NAE_EAA_T-354_Tartu_Tamme_Gumnaasium, lk 12
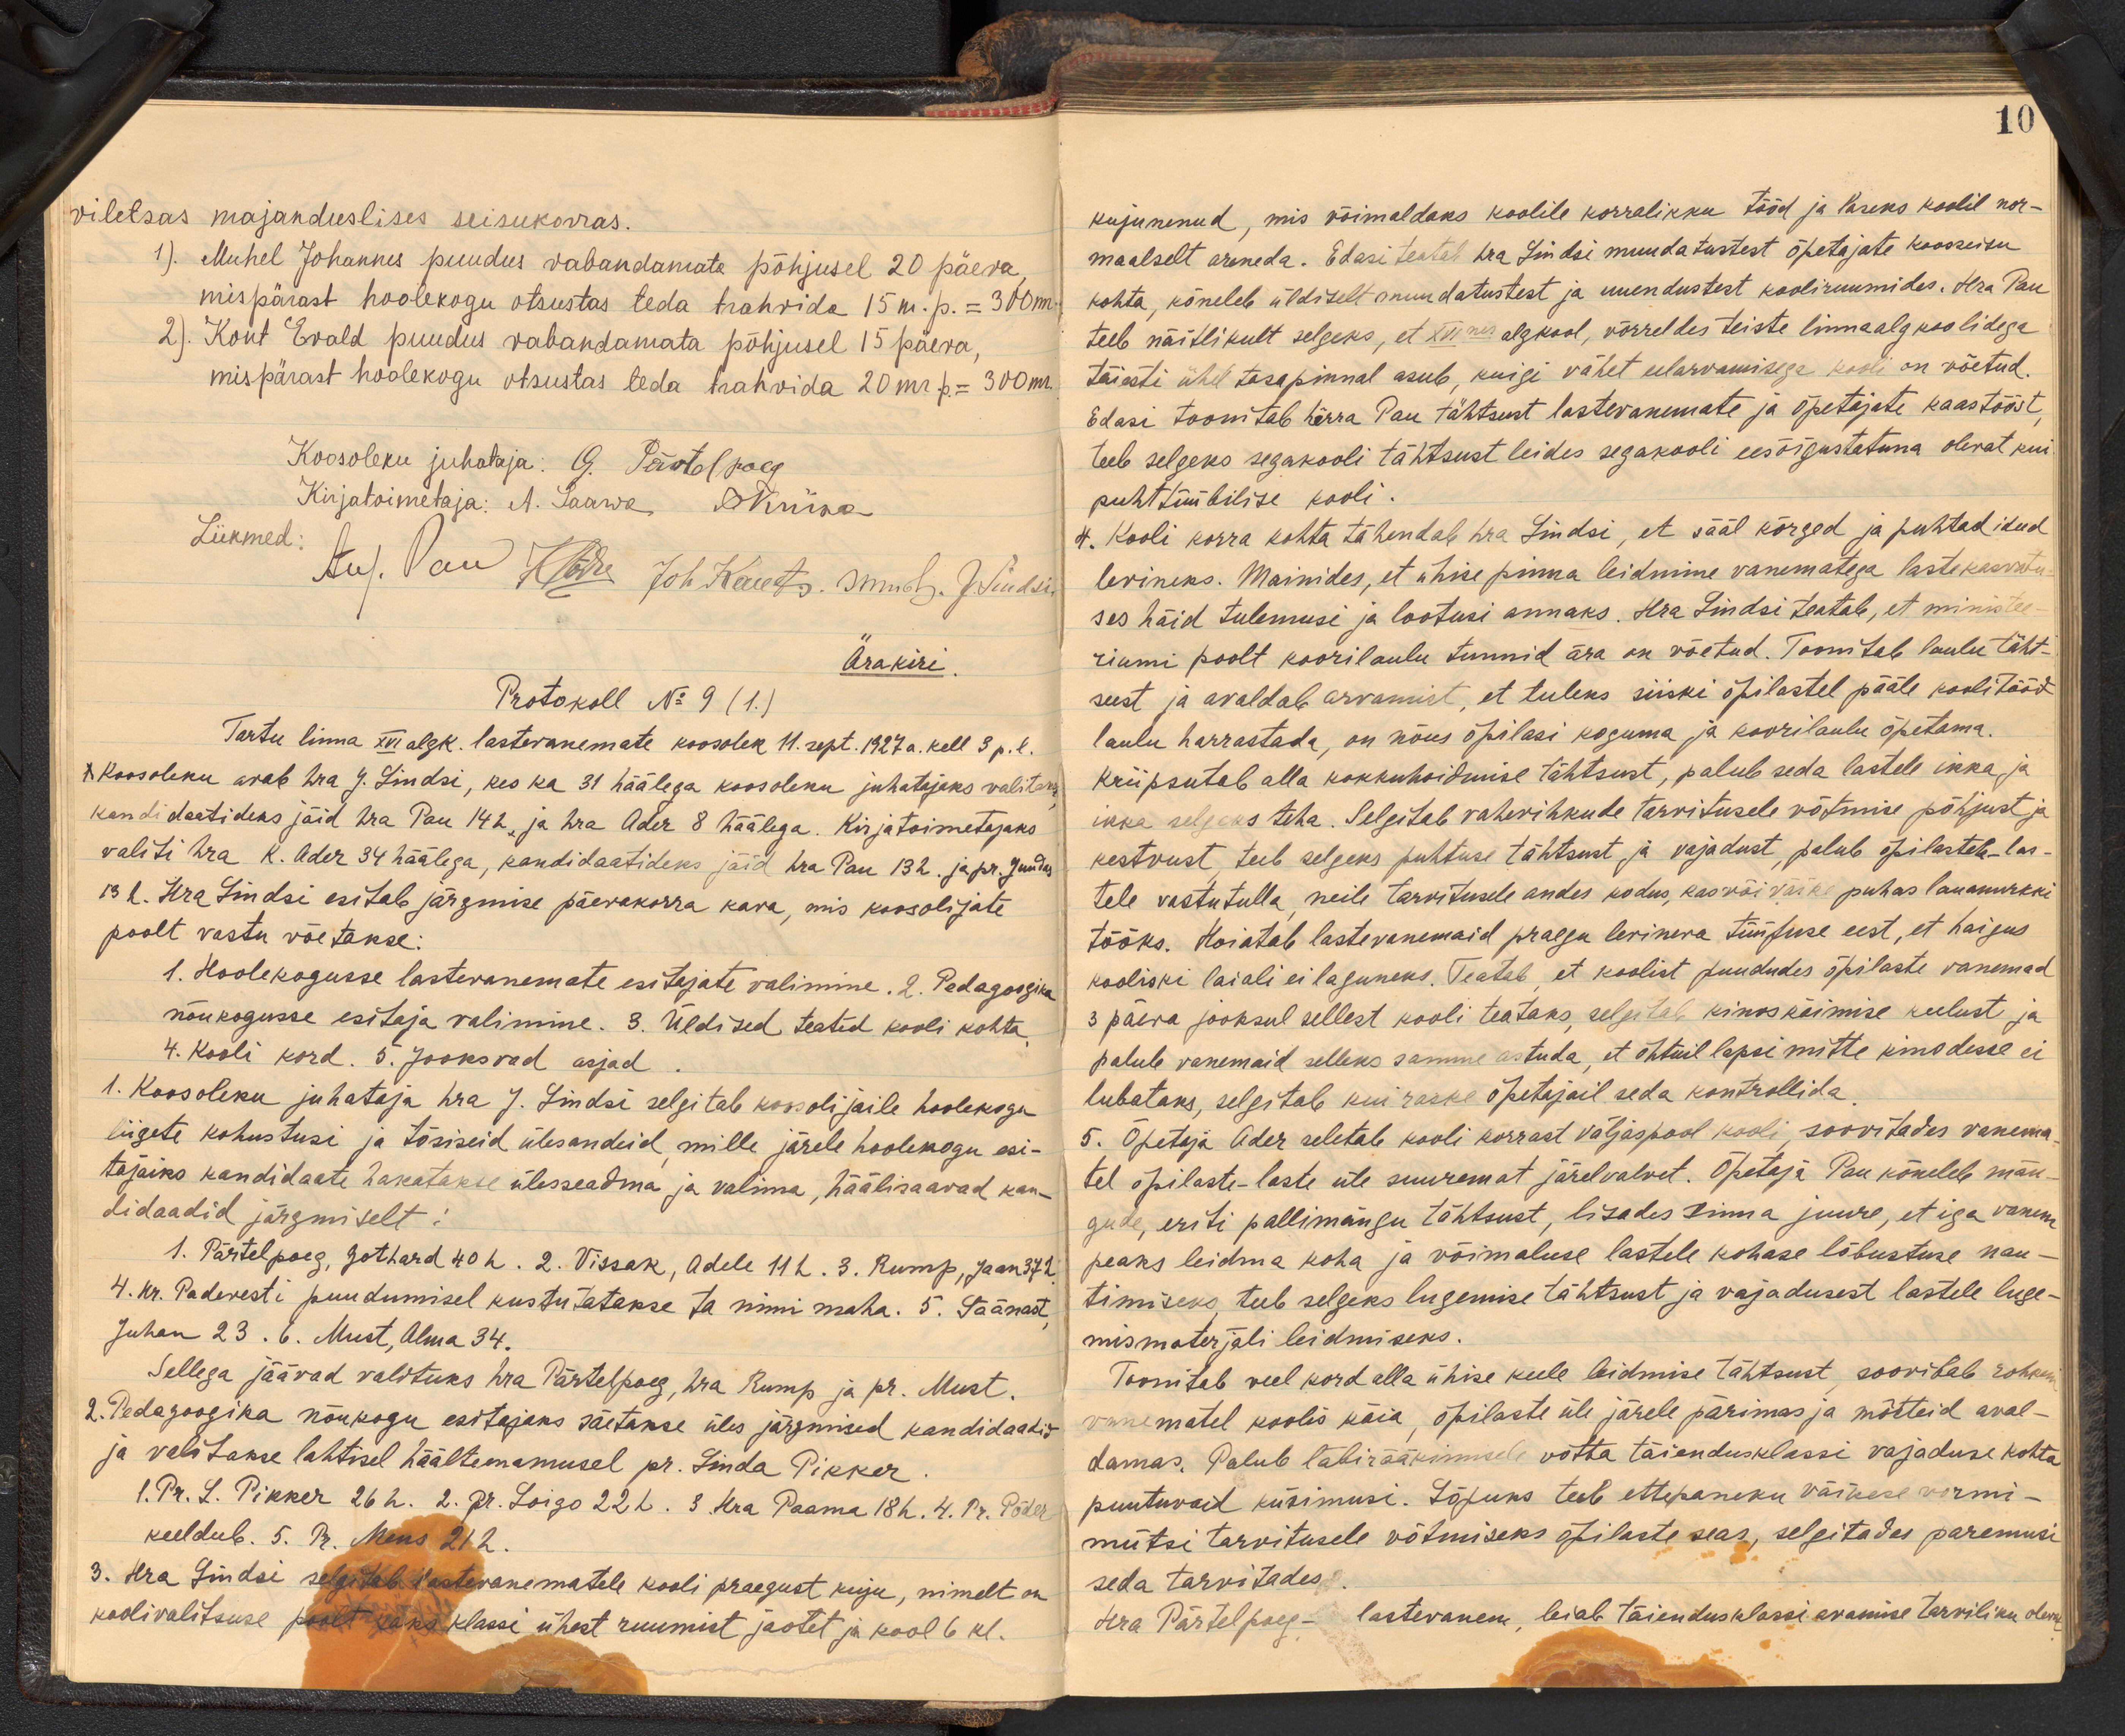
10

viletsas majanduslises seisukorras.
1). Muhel Johannes puudus vabandamata põhjusel 20 päeva
mispärast hoolekogu otsustas teda trahvida 15 m. p. = 300 m.
2). Kont Evald puudus vabandamata põhjusel 15 päeva,
mispärast hoolekogu otsustas teda trahvida 20mr. p = 300m.
Koosoleku juhataja: G. Pärtelpoeg
Kirjatoimetaja: A. Saarva D. Künna
Liikmed:
Au/ Van Kärde Joh. Kuut s. sm. h. J. Südsin
Ärakiri.
Protokoll No 9 (1)
Tartu linna XVI algk. lastevanemate koosolek 11. sept. 1927 a. kell 3 p. l.
Koosoleku avab hra J. Lindsi, kes ka 31 häälega koosoleku juhatajaks valitaks.
kondidaatideks jäid hra Pau 14 h ja hra Ader 8 häälega. Kirjatoimetajaks
valiti hra K. Ader 34 häälega, kandidaatideks jäid hra Pau 13 h. ja pr. Judus
13 h. Hra Lindsi esitab järgmise päevakorra kava, mis koosolijate
poolt vastu võetakse:
1. Hoolekogusse lastevanemate esitejate valimine. 2. Pedagoogika
nõukogusse esitaja valimine. 3. Üldised teated kooli kohta
4. Kooli kord. 5. Jooksvad asjad
1. Koosoleku juhataja hra J. Lindsi selgitab koosolijaile hoolekogu
liigete kohustusi ja tõsiseid ülesandeid mille järele hoolekogu esi-
tajaiks kandidaate hakatakse ülesseadma ja valima, häälisaavad kan-
Lidaadid järgmiselt.
1. Pärtelpoeg, Gothard 40 h. 2. Vissak, Adele 11 h. 3. Rump, Jaan 37 h.
4. Hr. Padevesti puudumisel kustutatakse ta nimi maha. 5. Säänast
Juhan 23. 6. Must, Alma 34.
Sellega jäävad valituks hra Pärtelpoeg, hra Rump ja pr. Must
2. Pedagoogika nõukogu esitajaks säetakse üles järgmised kandidaadid
ja valitakse lahtisel häälteenamusel pr. Linda Pikker
1. Pr. L. Pikker 26 h. 2. pr. Loigo 22 k. 3. Hra Paama 18h. 4. Pr. Põder
keeldub. 5. Pr. Meus 21 h.
3. Hra Lindsi selgitab lastevanematele kooli praegust kuju, nimelt on
kodivalitsuse poolt kaks klassi ühest ruumist jaotet ja kool 6 kl.

kujunenud, mis võimaldaks koolile korralikku tööd ja laseks koolil nor-
maalselt areneda. Edasi teatab hra Lindsi muudatustest õpetajate koosseisu
kohta, kõneleb üldiselt muudatustest ja uuendustest kooliruumides. Hra Pau
teeb näitlikult selgeks, et XVI algkool, võrreldes teiste linnaalgkoolidega
täiesti ühel tasapinnal asub, kuigi vähet eelarvamisega kooli on võetud.
Edasi toonitab härra Pau tähtsust lastevanemate ja õpetajate kaastööst
teeb selgeks segakooli tähtsust leides segakooli eesõigustatuna olevat kui
puhttüübilise kooli.
Kooli korra kohta tähendab hra Lindsi, et sääl kõrged ja puhtad ideed
levineks. Mainides, et ühise pinna leidmine vanematega lastekasvatu
ses häid tulemusi ja lootusi annaks. Hra Lindsi teatab, et ministee
riumi poolt koorilaulu tunnid ära on võetud. Toonitab laulu täht-
sust ja avaldab arvamist, et tuleks siiski õpilastel pääle koolitööd
laulu harrastada, on nõus õpilasi koguma ja koorilaulu õpetama.
kriipsutab alla kokkuhoidmise tähtsust, palub seda lastele ikka ja
ikka selgaks teha. Selgitab vahevihkude tarvitusele võtmise põhjust ja
kestvust, teeb selgeks puhtuse tähtsust ja vajadust palub õpilastele-las-
tele vastutulla neile tarvitusele andes kodus, kas või väike puhas lauanurkki
tööks. Hoiatab lastevanemaid praegu levineva tüüfuse eest, et haigus
kooliski laiali ei laguneks. Teatab, et koolist puududes õpilaste vanemad
3 päeva jooksul sellest kooli teataks, selgitab kinos käimise keelust ja
palub vanemaid selleks samme astuda, et õhtuil lapsi mitte kinodesse ei
lubataks, selgitab kui raske õpetajail seda kontrollida
5. Õpetaja Ader seletab kooli korrast väljaspool kooli, soovitades vanema
tel õpilaste-laste üle suuremat järelvalvet. Õpetaja Pau kõneleb män-
gude, eriti pallimängu tähtsust, lisades sinna juurde, et iga vanem
peaks leidma koha ja võimaluse lastele kohase lõbustuse nau-
timiseks, teeb selgeks lugemise tähtsust ja vajadusest lastele luge-
mismaterjali leidmiseks.
Toonitab veel kord alla ühise keele leidmise tähtsust soovitab rohkem
vanematel koolis käia, õpilaste üle järele pärimas ja mõtteid aval-
damas. Palub läbirääkimisele võtta täiendusklassi vajaduse kohta
puutuvaid küsimusi. Lõpuks teeb ettepaneku väikese vormi-
mütsi tarvitusele võtmiseks õpilaste seas, selgitades paremusi
seda tarvitades
Hra Pärtelpoeg- lastevanen, leiab täiendusklassi avamise tarviliku oleva